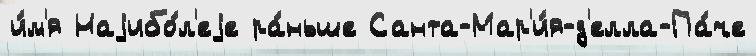
и́м'я Наjибо́л'еjе ра́ньше Санта-Мар'и́я-д'елла-Па́че